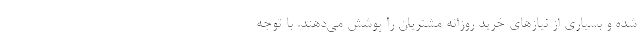
شده و بسیاری از نیازهای خرید روزانه مشتریان را پوشش می‌دهند. با توجه